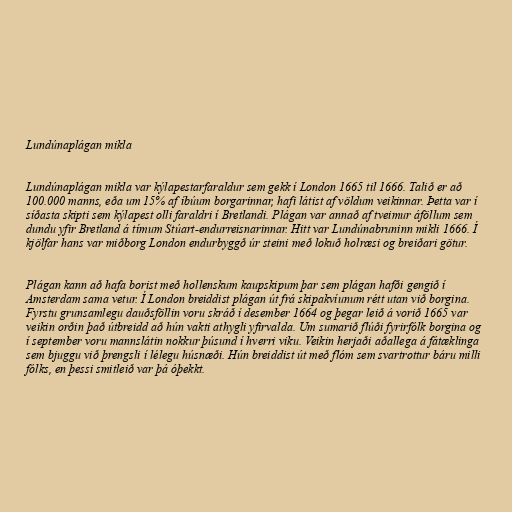
Lundúnaplágan mikla

Lundúnaplágan mikla var kýlapestarfaraldur sem gekk í London 1665 til 1666. Talið er að
100.000 manns, eða um 15% af íbúum borgarinnar, hafi látist af völdum veikinnar. Þetta var í
síðasta skipti sem kýlapest olli faraldri í Bretlandi. Plágan var annað af tveimur áföllum sem
dundu yfir Bretland á tímum Stúart-endurreisnarinnar. Hitt var Lundúnabruninn mikli 1666. Í
kjölfar hans var miðborg London endurbyggð úr steini með lokuð holræsi og breiðari götur.

Plágan kann að hafa borist með hollenskum kaupskipum þar sem plágan hafði gengið í
Amsterdam sama vetur. Í London breiddist plágan út frá skipakvíunum rétt utan við borgina.
Fyrstu grunsamlegu dauðsföllin voru skráð í desember 1664 og þegar leið á vorið 1665 var
veikin orðin það útbreidd að hún vakti athygli yfirvalda. Um sumarið flúði fyrirfólk borgina og
í september voru mannslátin nokkur þúsund í hverri viku. Veikin herjaði aðallega á fátæklinga
sem bjuggu við þrengsli í lélegu húsnæði. Hún breiddist út með flóm sem svartrottur báru milli
fólks, en þessi smitleið var þá óþekkt.